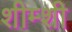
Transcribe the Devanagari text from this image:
शीम्शी